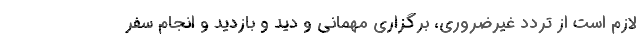
لازم است از تردد غیرضروری، برگزاری مهمانی و دید و بازدید و انجام سفر